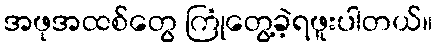
အဖုအထစ်တွေ ကြုံတွေ့ခဲ့ရဖူးပါတယ်။